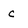
Character: c